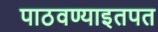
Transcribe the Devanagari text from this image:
पाठवण्याइतपत